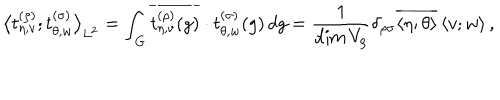
{ \bigl < t _ { \eta , v } ^ { ( \rho ) } ; t _ { \theta , w } ^ { ( \sigma ) } \bigr > } _ { L ^ { 2 } } = \int _ { G } \overline { { { t _ { \eta , v } ^ { ( \rho ) } ( g ) } } } \cdot t _ { \theta , w } ^ { ( \sigma ) } ( g ) \, d g = \frac { 1 } { \dim V _ { \rho } } \delta _ { \rho \sigma } \overline { { { \left< \eta ; \theta \right> } } } \left< v ; w \right> ,